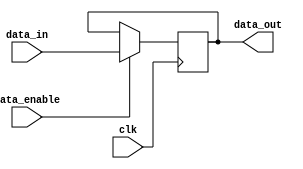
module data_enable_latch (
    input clk,
    input data_in,
    input data_enable,
    output reg data_out
);

always @(posedge clk) begin
    if (data_enable == 1'b1) begin
        data_out <= data_in;
    end
end

endmodule